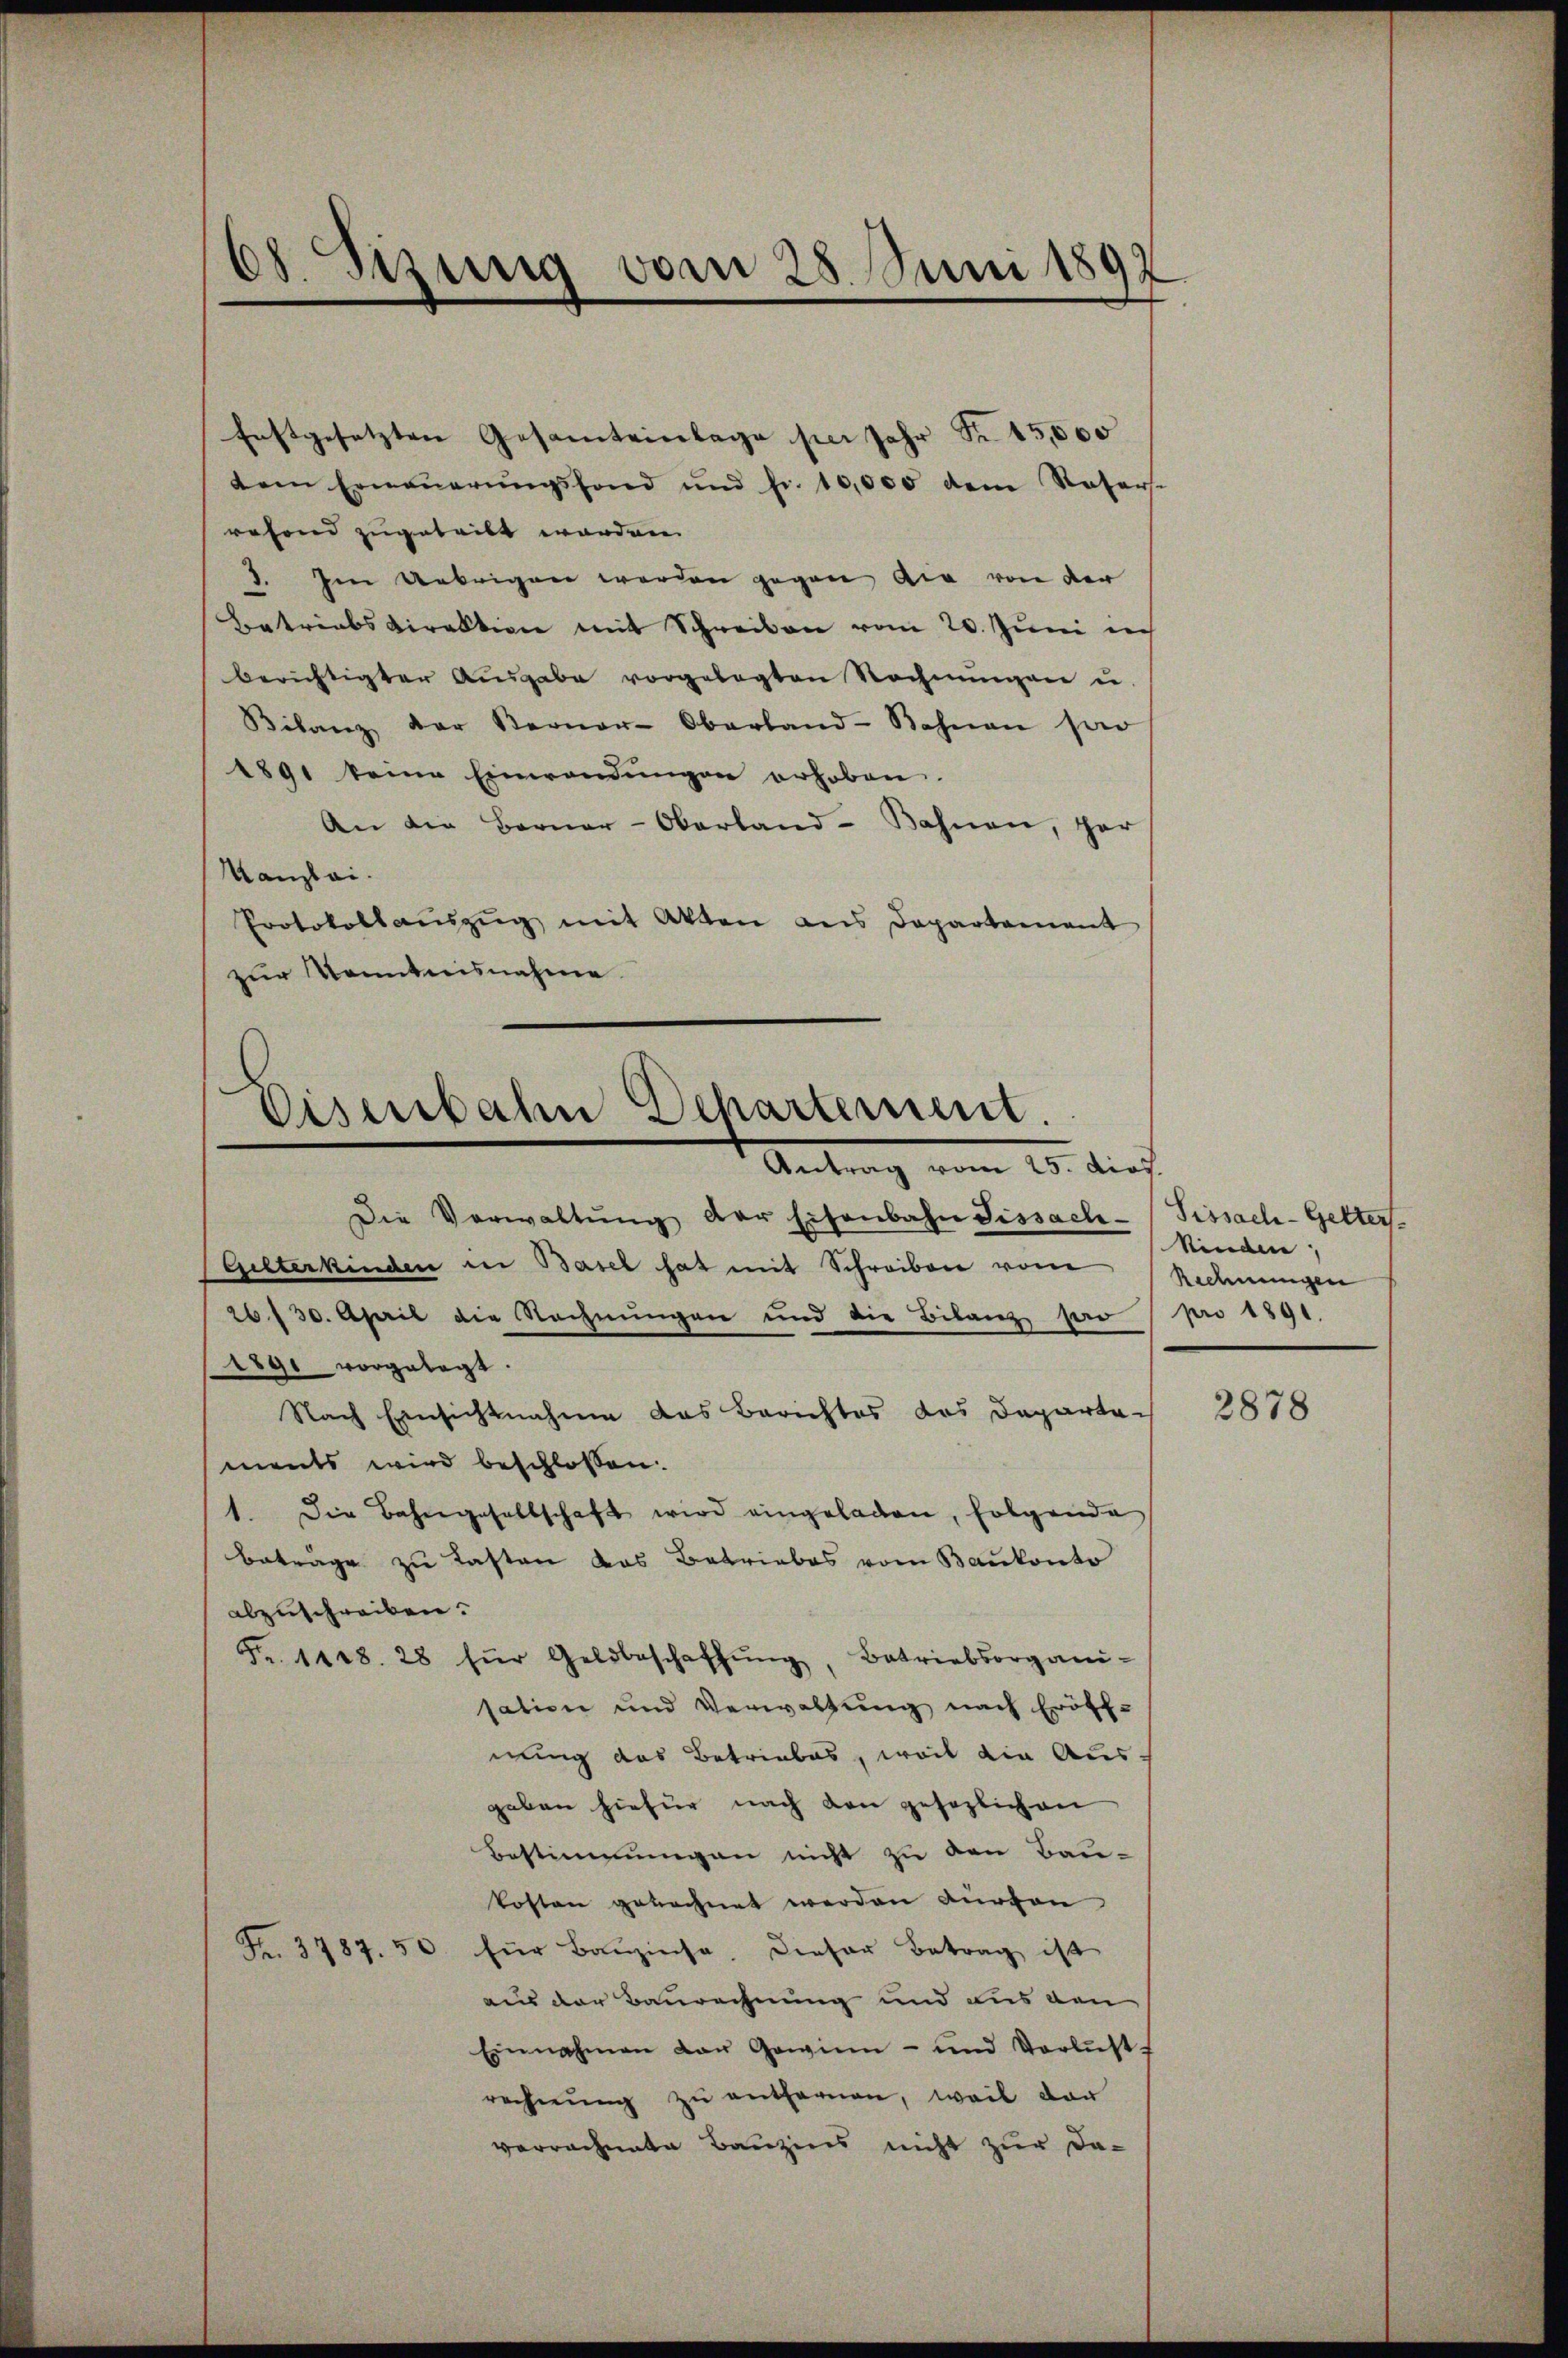
08. Sizung vom 28. Juni 1892

Enstgesetzten Gesamteinlage per Jahr Fr. 15,000
dem Erneŭerŭngsfond und fr. 10,000 dem Vaters.
rafond zugeteilt worden.
. Im Uebrigen werden gegen die von der
Betriebsdirektion mit Schreiben vom 20. Juni nich
berichtigter Ausgabe vorgelegten Rechnŭngenu
Bilanz der Berner-Oberland-Bahnen sor
1891 keine Einwendŭngen erhoben.
An die Berner-Oberland-Bahnen, ihr
Kanzlei.
Protokollaŭszŭg mit Akten ans Departement
zur Kenntnisnahme

Eisenbahn Departement.
Antrag vom 25. dios.

Die Verwaltŭng der Eisenbahn fissach-
Glterkinden in Basel hat mit Schreiben vom
26/30. April die Rechnungen und die Bilanz herr
1gi vorgelegt.
Nach Einsichtnahme das Berichtes das Departements wird beschlossen:
1. Die Bahngesellschaft wird eingeladen, folgende
beträge zu tasten das Betriebes vom Baukonto
abzuschreiben.
Fr. 1188. 28 für Geldbeschaffŭng, Betriebsorgani-
sation und Verwaltung nach Eröff-
nung das Betriebes, weil die Aus
geben hiefür nach den gesezlichen
Bestimmungen nicht zu den Bau-
kosten gerechnet werden Kurvon
Fr. 3787. 50 für Baŭzinse, dieser Betrag ist
aus der Baurechnung und aus den
Einnahmen der Gewinn- und Verlust.
rechnŭng zu entfernen, weil dar
vorrechnete Bauzins nicht zur Da-

Sissach-Getters.
Kinden,
Rechnungen
pro 1891.

2878